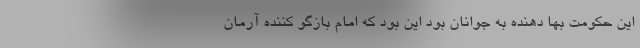
این حکومت بها دهنده به جوانان بود این بود که امام بازگو کننده آرمان